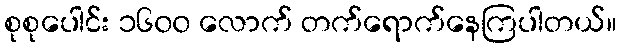
စုစုပေါင်း ၁၆၀၀ လောက် တက်ရောက်နေကြပါတယ်။